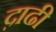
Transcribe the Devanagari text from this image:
द़ाढी